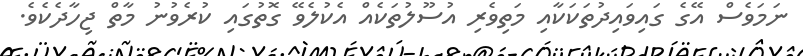
ނަމަވެސް އޭގެ ގައިވައިދުތަކަކާއި މަތިވެރި އުސޫލުތަކެއް އެކުލެވޭ ގޮތުގައި ކުރެވުނު މާތް ޖިހާދެކެވެ.